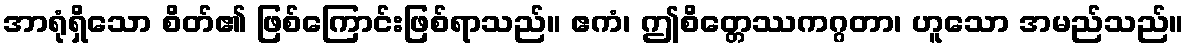
အာရုံရှိသော စိတ်၏ ဖြစ်ကြောင်းဖြစ်ရာသည်။ ဧကံ၊ ဤစိတ္တေဿကဂ္ဂတာ၊ ဟူသော အမည်သည်။